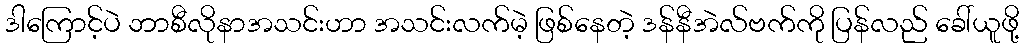
ဒါကြောင့်ပဲ ဘာစီလိုနာအသင်းဟာ အသင်းလက်မဲ့ ဖြစ်နေတဲ့ ဒန်နီအဲလ်ဗက်ကို ပြန်လည် ခေါ်ယူဖို့